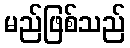
မည်ဖြစ်သည်